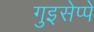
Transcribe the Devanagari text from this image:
गुइसेप्पे